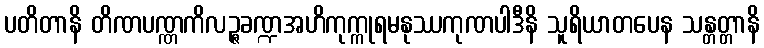
ပတိတာနိ တိဏပဏ္ဏကိလဉ္ဇခဏ္ဍအဟိကုက္ကုရမနုဿကုဏပါဒီနိ သူရိယာတပေန သန္တတ္တာနိ